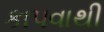
કાપવાથી